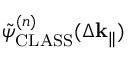
\Tilde { \psi } _ { \mathrm { C L A S S } } ^ { ( n ) } ( \Delta \mathbf { k } _ { \parallel } )